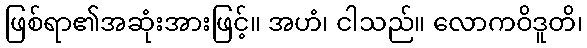
ဖြစ်ရာ၏အဆုံးအားဖြင့်။ အဟံ၊ ငါသည်။ လောကဝိဒူတိ၊